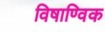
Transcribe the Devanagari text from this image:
विषाण्विक